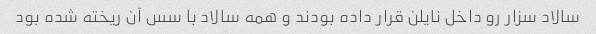
سالاد سزار رو داخل نایلن قرار داده بودند و همه سالاد با سس آن ریخته شده بود